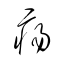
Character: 瘍